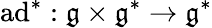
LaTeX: \operatorname{ad}^{*}:\mathfrak{g}\times\mathfrak{g}^{*}\to\mathfrak{g}^{*}